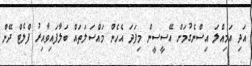
އަދި އަމިއްލަ އިސްނެގުމަށް އޭސީސީން މިފަދަ އެހެން މައްސަލަތައް ބަލާފައިވާއިރު ފްލެޓް ދޭން